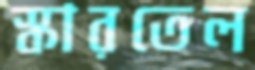
স্কারতেল